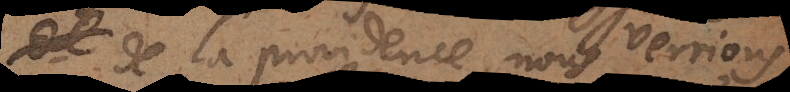
de la providence, nous verrions